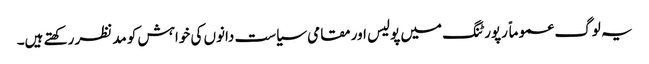
یہ لوگ عموماً رپورٹنگ میں پولیس اور مقامی سیاست دانوں کی خواہش کو مدنظر رکھتے ہیں۔